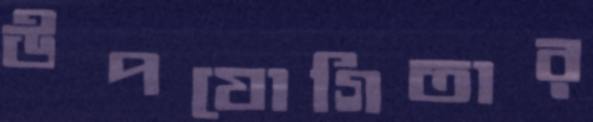
উপযোগিতার